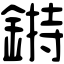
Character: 𨨲